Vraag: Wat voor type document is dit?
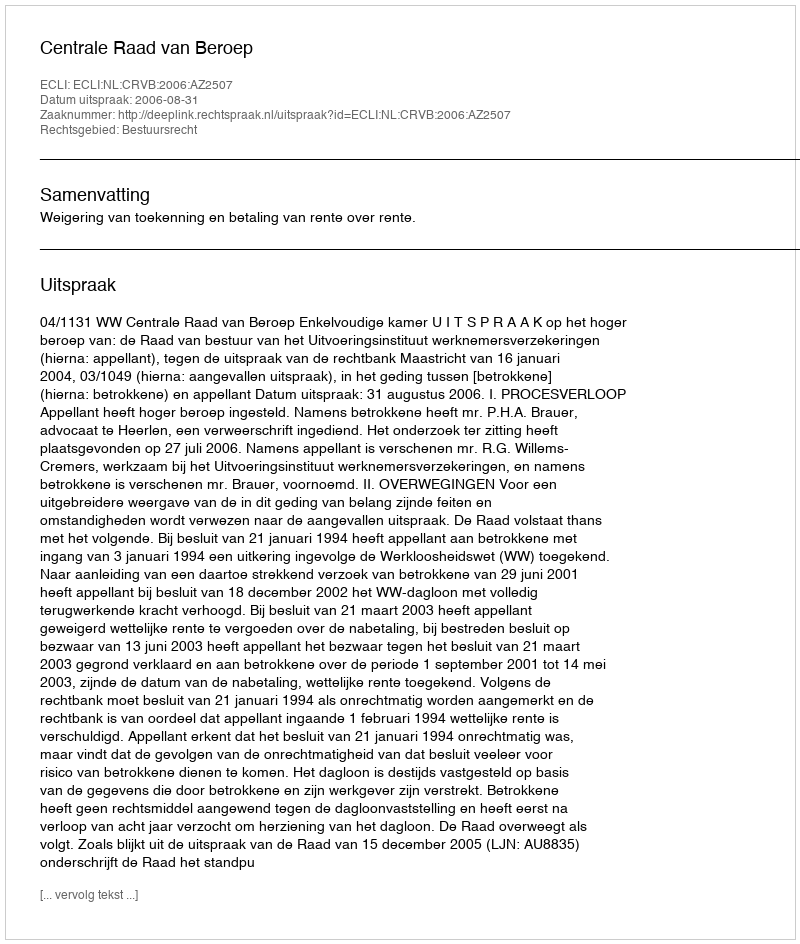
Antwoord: Uitspraak